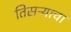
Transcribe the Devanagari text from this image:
तिसऱ्याचा